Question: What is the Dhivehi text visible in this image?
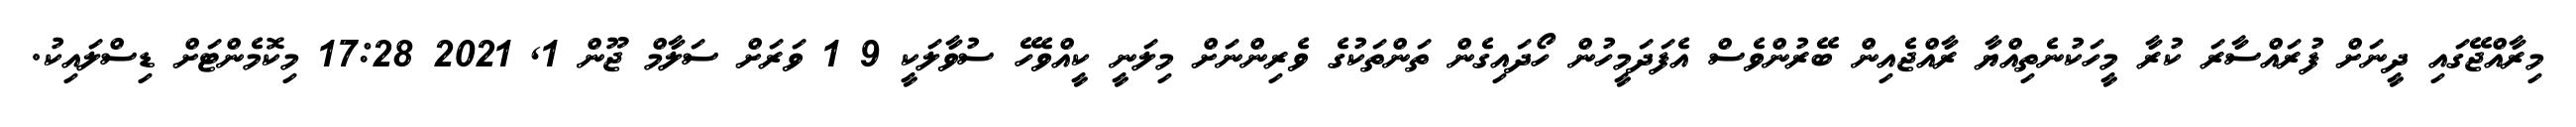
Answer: މިރާއްޖޭގައި ދީނަށް ފުރައްސާރަ ކުރާ މީހަކުނެތިއްޔާ ރާއްޖެއިން ބޭރުންވެސް އެފަދަމީހުން ހޯދައިގެން ތަންތަކުގެ ވެރިންނަށް މިލަނީ ކީއްވެހޭ ސުވާލަކީ 9 1 ވަރަށް ސަލާމް ޖޫން 1, 2021 17:28 މިކޮމެންޓަށް ޑިސްލައިކު.